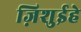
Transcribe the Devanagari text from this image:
ज़िशुईहे